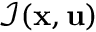
\mathcal { I } ( \mathbf { x } , \mathbf { u } )